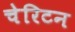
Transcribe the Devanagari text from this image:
चेरिटन